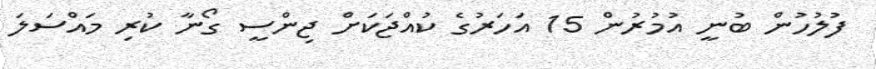
ފުލުހުން ބުނީ އުމުރުން 15 އަހަރުގެ ކުއްޖަކަށް ޖިންސީ ގޯނާ ކުރި މައްސަލަ